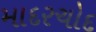
માદરચોદ